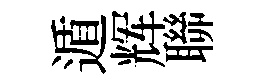
遁辉聯